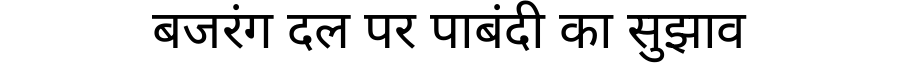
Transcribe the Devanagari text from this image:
बजरंग दल पर पाबंदी का सुझाव